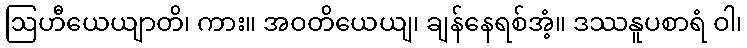
ဩဟီယေယျာတိ၊ ကား။ အဝတိယေယျ၊ ချန်နေရစ်အံ့။ ဒဿနူပစာရံ ဝါ၊